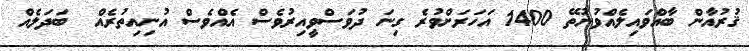
ޤުރުއާން ބާއްވައިލެއްވުނުތޭ 1400 އަހަރަށްވުރެ ގިނަ ދުވަސްވީއިރުވެސް އެއްވެސް އުނިއިތުރެއް  ބަދަލެއް